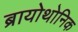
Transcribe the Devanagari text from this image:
ब्रायोथोनिक